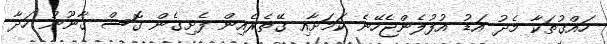
ހައްގުތަކާ މެދު އަޑު އުފުލެންޖެހޭނެ ކަމަށާއި ގޭތެރެއިން ފެށިގެން ގޮސް ގާނޫނު ހަދާ